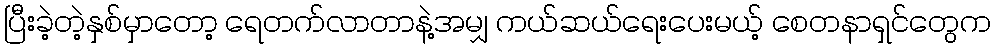
ပြီးခဲ့တဲ့နှစ်မှာတော့ ရေတက်လာတာနဲ့အမျှ ကယ်ဆယ်ရေးပေးမယ့် စေတနာရှင်တွေက